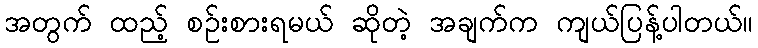
အတွက် ထည့် စဉ်းစားရမယ် ဆိုတဲ့ အချက်က ကျယ်ပြန့်ပါတယ်။